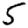
Digit: 5